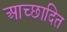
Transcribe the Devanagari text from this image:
आच्‍छादित